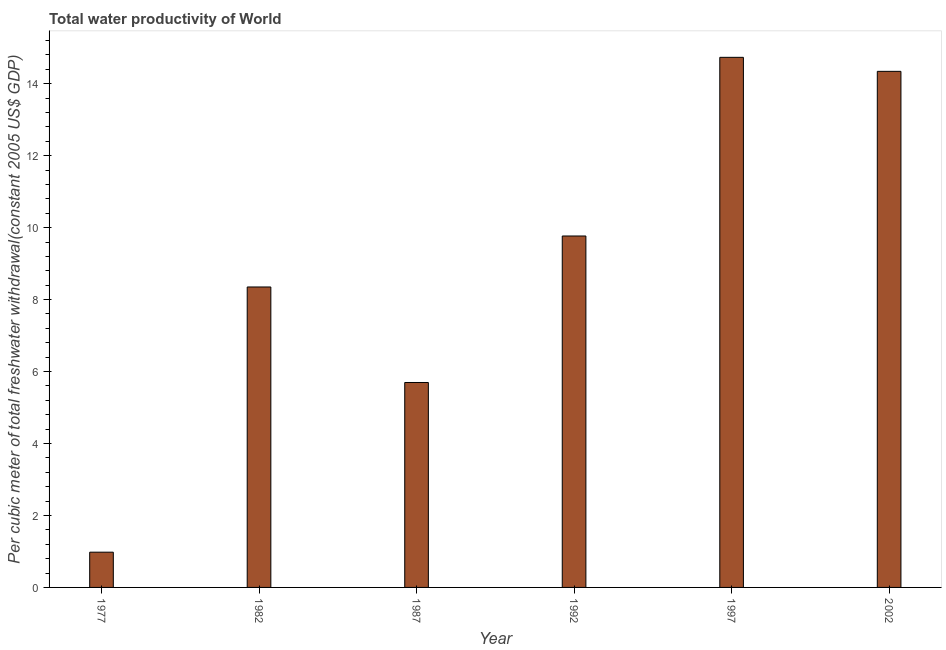
| Year | Water productivity |
 | --- | --- |
 | 1977 | 0.979 |
 | 1982 | 8.35 |
 | 1987 | 5.7 |
 | 1992 | 9.77 |
 | 1997 | 14.7 |
 | 2002 | 14.3 |